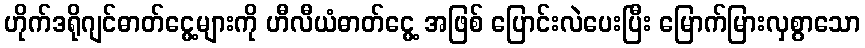
ဟိုက်ဒရိုဂျင်ဓာတ်ငွေ့များကို ဟီလီယံဓာတ်ငွေ့ အဖြစ် ပြောင်းလဲပေးပြီး မြောက်မြားလှစွာသော